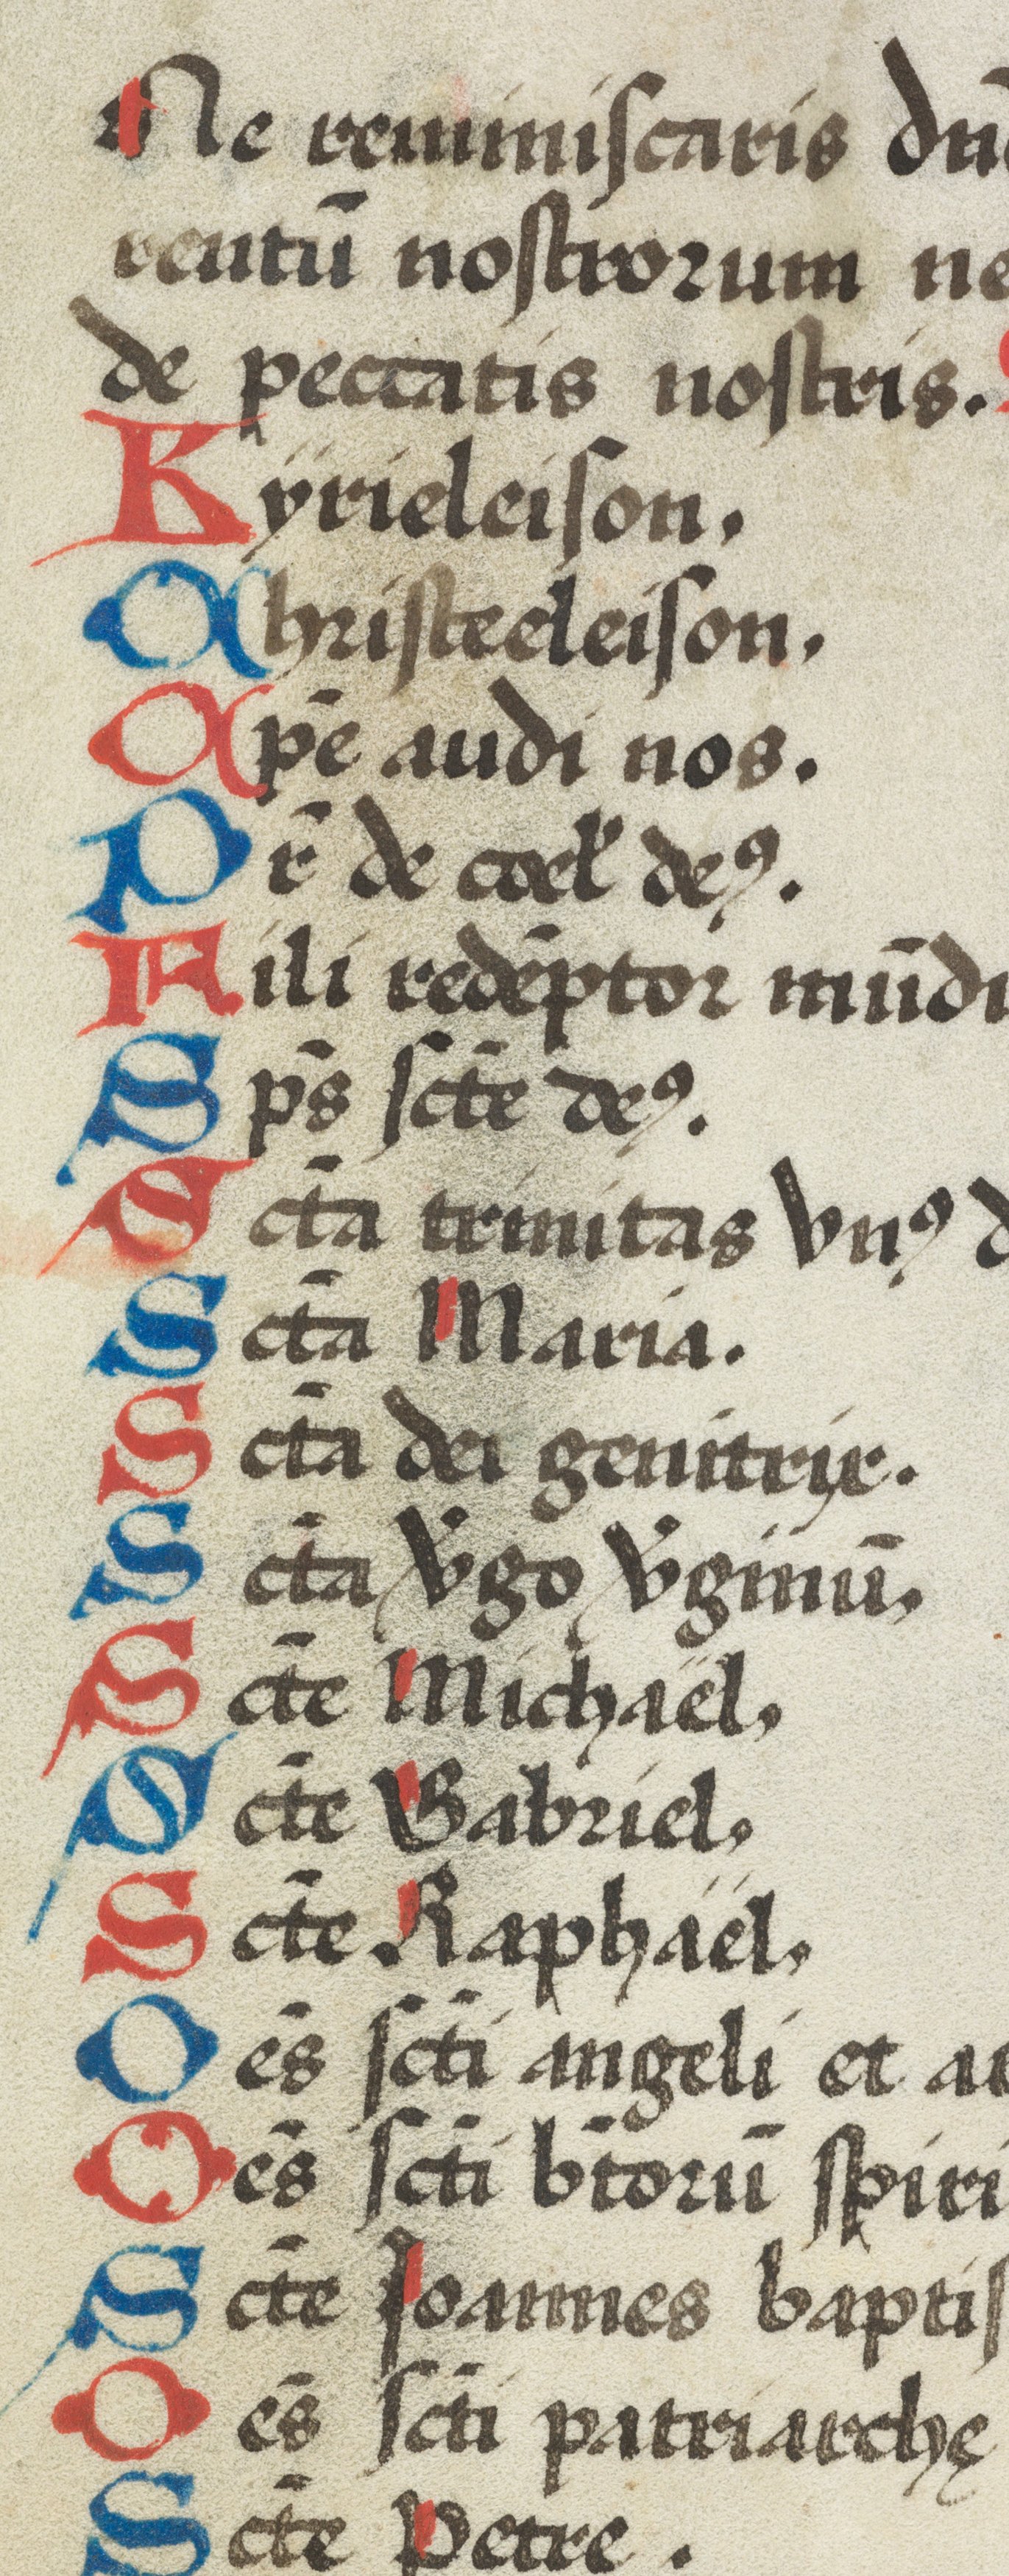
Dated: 1574–1574